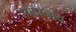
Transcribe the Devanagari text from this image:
समाम्नाय